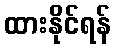
ထားနိုင်ရန်